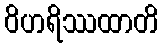
ဝိဟရိဿထာတိ